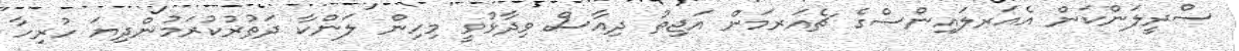
ސްރީލަންކަން އެއަރލައިންސްގެ ޗެއަރމަން އަޖިތު ދިއާސް ވިދާޅުވީ މިހިން ލަންކާ ދަތުރުކުރަމުންދިޔަ ހުރިހާ